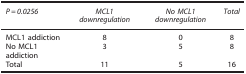
<table><thead><tr><td><b><i>P=0.0256</i></b></td><td><b><i>MCL1 downregulation</i></b></td><td><b><i>No MCL1 downregulation</i></b></td><td><b><i>Total</i></b></td></tr></thead><tbody><tr><td>MCL1 addiction</td><td>8</td><td>0</td><td>8</td></tr><tr><td>No MCL1 addiction</td><td>3</td><td>5</td><td>8</td></tr><tr><td>Total</td><td>11</td><td>5</td><td>16</td></tr></tbody></table>